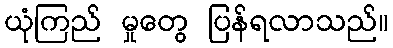
ယုံကြည် မှုတွေ ပြန်ရလာသည်။